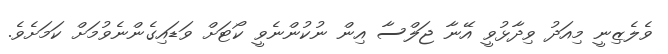
ވެލެޒިނީ މިއަދު ވިދާޅުވީ އޭނާ ޖަލްސާ އިން ނުކުންނެވީ ކޯޓަށް ވަޑައިގެންނެވުމަށް ކަމަށެވެ.